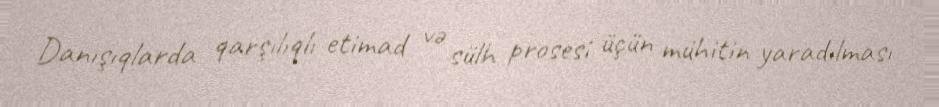
Danışıqlarda qarşılıqlı etimad və sülh prosesi üçün mühitin yaradılması